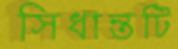
সিধান্তটি